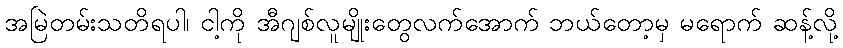
အမြဲတမ်းသတိရပါ၊ ငါ့ကို အီဂျစ်လူမျိုးတွေလက်အောက် ဘယ်တော့မှ မရောက် ဆန့်လို့